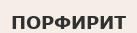
ПОРФИРИТ